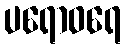
ပရောဝရေ